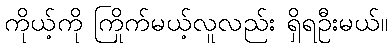
ကိုယ့်ကို ကြိုက်မယ့်လူလည်း ရှိရဦးမယ်။